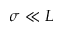
\sigma \ll L